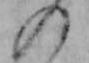
の